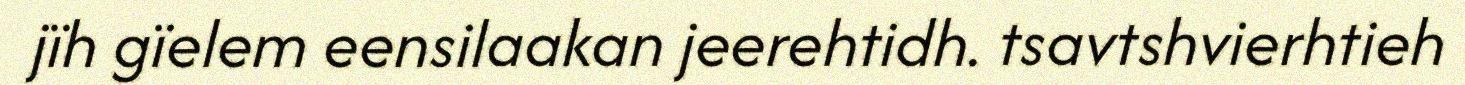
jïh gïelem eensilaakan jeerehtidh. tsavtshvierhtieh